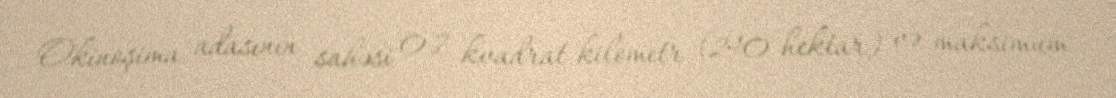
Okinoşima adasının sahəsi 0.7 kvadrat kilometr (240 hektar) və maksimum